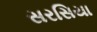
સરસિયા